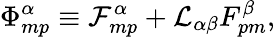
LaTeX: \Phi_{mp}^{\alpha}\equiv{\cal F}_{mp}^{\alpha}+{\cal L}_{\alpha\beta}F_{pm}^{\beta},